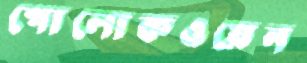
পোলোকওয়েন